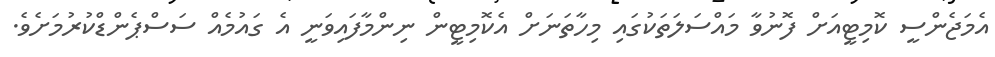
އެމަޖެންސީ ކޮމިޓީއަށް ފޮނުވާ މައްސަލަތަކުގައި މިހާތަނަށް އެކޮމިޓީން ނިންމާފައިވަނީ އެ ގައުމެއް ސަސްޕެންޑްކުރުމަށެވެ.